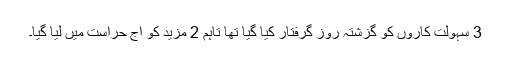
3 سہولت کاروں کو گزشتہ روز گرفتار کیا گیا تھا تاہم 2 مزید کو آج حراست میں لیا گیا۔